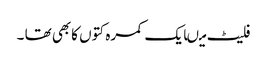
فلیٹ میںایک کمرہ کتوں کابھی تھا ۔